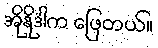
အိုနိုဒါက ဖြေတယ်။